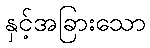
နှင့်အခြားသော